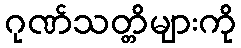
ဂုဏ်သတ္တိများကို